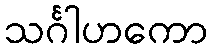
သင်္ဂါဟကော